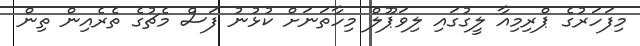
މިފަހަރުގެ ޕްރިމިއާ ލީގުގައި ލިވަޕޫލް މިހާތަނަށް ކުޅުނު ފަސް މެޗުގެ ތެރެއިން ތިން